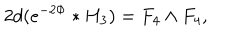
2 d ( e ^ { - 2 \Phi } * H _ { 3 } ) = F _ { 4 } \wedge F _ { 4 } ,